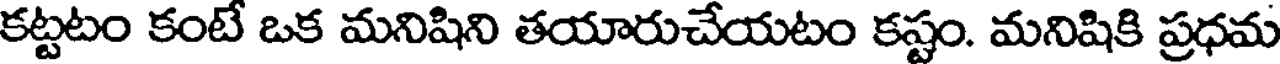
కట్టటం కంటే ఒక మనిషిని తయారుచేయటం కష్టం. మనిషికి ప్రధమ